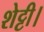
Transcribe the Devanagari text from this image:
शेट्टी।